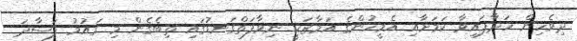
ދިވެހިން ހަދާފައިވާ ކަމަށާއި އެމީހުންގެ އަމާޒަކީ ނިވާފަތްގަނޑުގައި ތިބެގެން މި ގައުމު ފަސާދަ